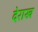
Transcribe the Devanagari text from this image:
देराख